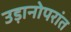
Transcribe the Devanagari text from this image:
उड़ानोपरांत